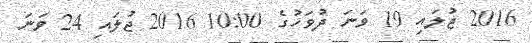
2016 ޖުލައި 19 ވަނަ ދުވަހުގެ 10:00 2016 ޖުލައި 24 ވަނަ